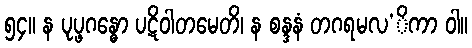
၅၄။ န ပုပ္ဖဂန္ဓော ပဋိဝါတမေတိ၊ န စန္ဒနံ တဂရမလ’ိကာ ဝါ။